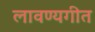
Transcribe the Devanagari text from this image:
लावण्यगीत